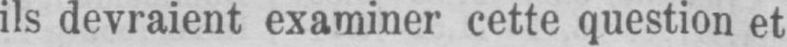
ils devraient examiner cette question et